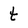
Character: t